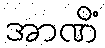
အာဏိံ